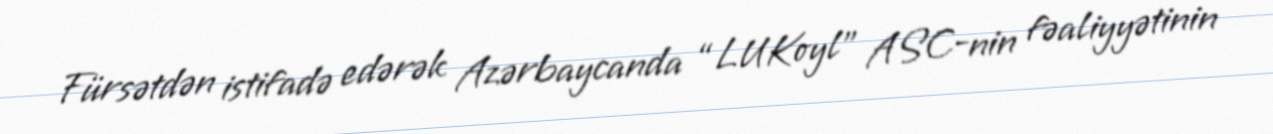
Fürsətdən istifadə edərək Azərbaycanda “LUKoyl” ASC-nin fəaliyyətinin